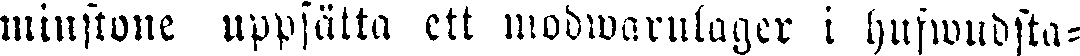
minstone uppsätta ett modwarnlager i hufwudsta=